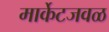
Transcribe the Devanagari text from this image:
मार्केटजवळ